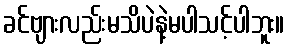
ခင်ဗျားလည်းမသိပဲနဲ့မပါသင့်ပါဘူး။